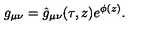
g _ { \mu \nu } = \hat { g } _ { \mu \nu } ( \tau , z ) e ^ { \phi ( z ) } .